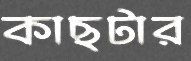
কাছটার